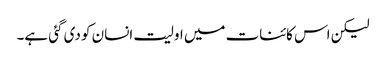
لیکن اس کائنات میں اولیت انسان کو دی گئی ہے۔